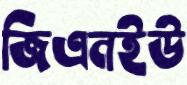
জিএনইউ